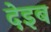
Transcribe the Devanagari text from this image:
देइब